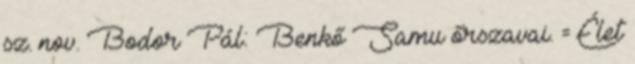
sz. nov. Bodor Pál: Benkő Samu őrszavai. = Élet